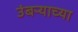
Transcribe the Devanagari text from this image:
उंबऱ्याच्या